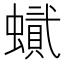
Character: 𧑰